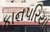
કાનપરિયા